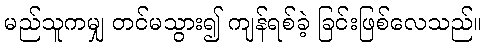
မည်သူကမျှ တင်မသွား၍ ကျန်ရစ်ခဲ့ ခြင်းဖြစ်လေသည်။